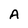
Character: A